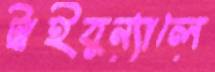
ট্রাইবুন্যালে